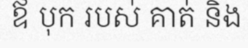
ឪ បុក របស់ គាត់ និង